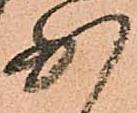
少